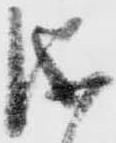
儀